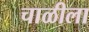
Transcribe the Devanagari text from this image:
चाळीला